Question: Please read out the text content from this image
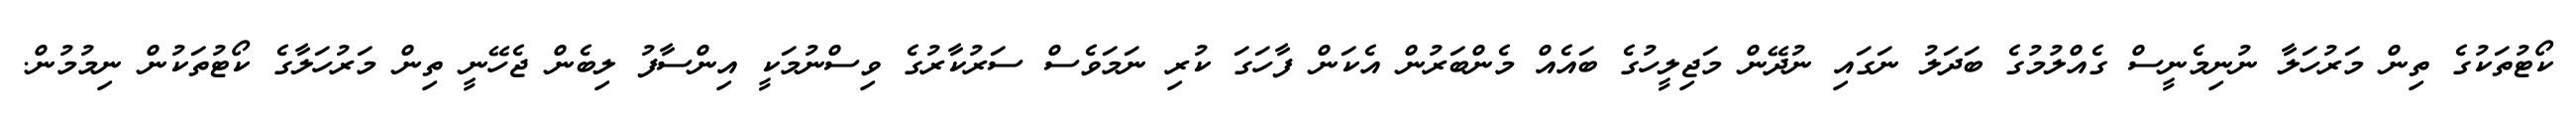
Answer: ކޯޓުތަކުގެ ތިން މަރުހަލާ ނުނިމެނީސް ގެއްލުމުގެ ބަދަލު ނަގައި ނުދޭން މަޖިލީހުގެ ބައެއް މެންބަރުން އެކަން ފާހަގަ ކުރި ނަމަވެސް ސަރުކާރުގެ ވިސްނުމަކީ އިންސާފު ލިބެން ޖެހޭނީ ތިން މަރުހަލާގެ ކޯޓުތަކުން ނިމުމުން.